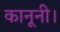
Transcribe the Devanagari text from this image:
कानूनी।